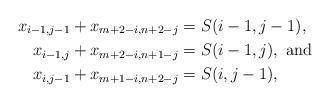
LaTeX: \begin{align*} x_{i-1,j-1} + x_{m+2-i,n+2-j} &= S(i-1,j-1), \\ x_{i-1,j} + x_{m+2-i,n+1-j} &= S(i-1,j), \mbox{ and} \\ x_{i,j-1}+ x_{m+1-i,n+2-j} &= S(i,j-1),\end{align*}